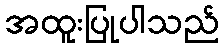
အထူးပြုပါသည်